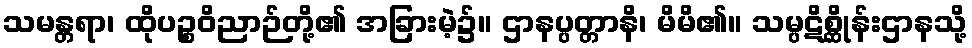
သမန္တရာ၊ ထိုပဉ္စဝိညာဉ်တို့၏ အခြားမဲ့၌။ ဌာနပ္ပတ္တာနိ၊ မိမိ၏။ သမ္ပဋိစ္ဆိုန်းဌာနသို့